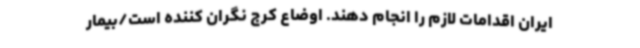
ایران اقدامات لازم را انجام دهند. اوضاع کرج نگران کننده است/بیمار